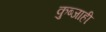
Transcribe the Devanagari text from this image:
कुब्जाही